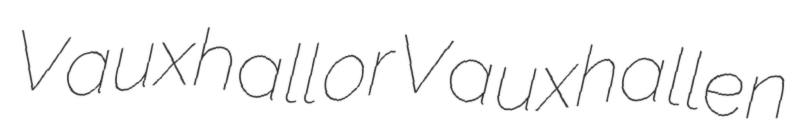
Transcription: Vauxhall or Vauxhallen